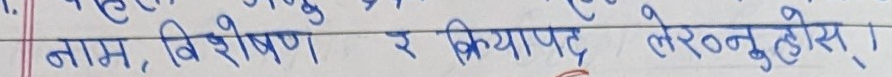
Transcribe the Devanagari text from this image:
नाम, विशेषण र क्रियापद लेख्नुहोस् ।